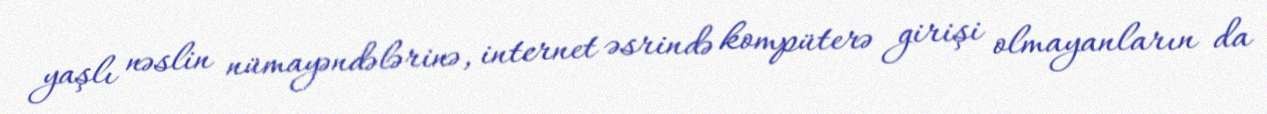
yaşlı nəslin nümayəndələrinə, internet əsrində kompüterə girişi olmayanların da